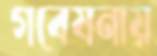
গবেষনায়